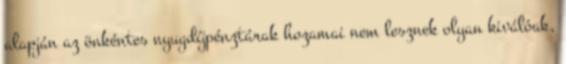
alapján az önkéntes nyugdíjpénztárak hozamai nem lesznek olyan kiválóak,